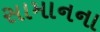
સામાનના